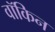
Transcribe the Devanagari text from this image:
वॉकिन